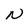
Character: N